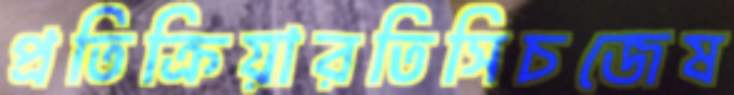
প্রতিক্রিয়ারতিসিচজেষ